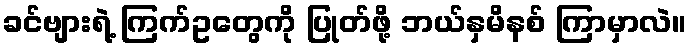
ခင်ဗျားရဲ့ ကြက်ဥတွေကို ပြုတ်ဖို့ ဘယ်နှမိနစ် ကြာမှာလဲ။